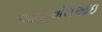
આરએલઆઇ